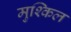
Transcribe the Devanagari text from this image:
मुश्‍किल